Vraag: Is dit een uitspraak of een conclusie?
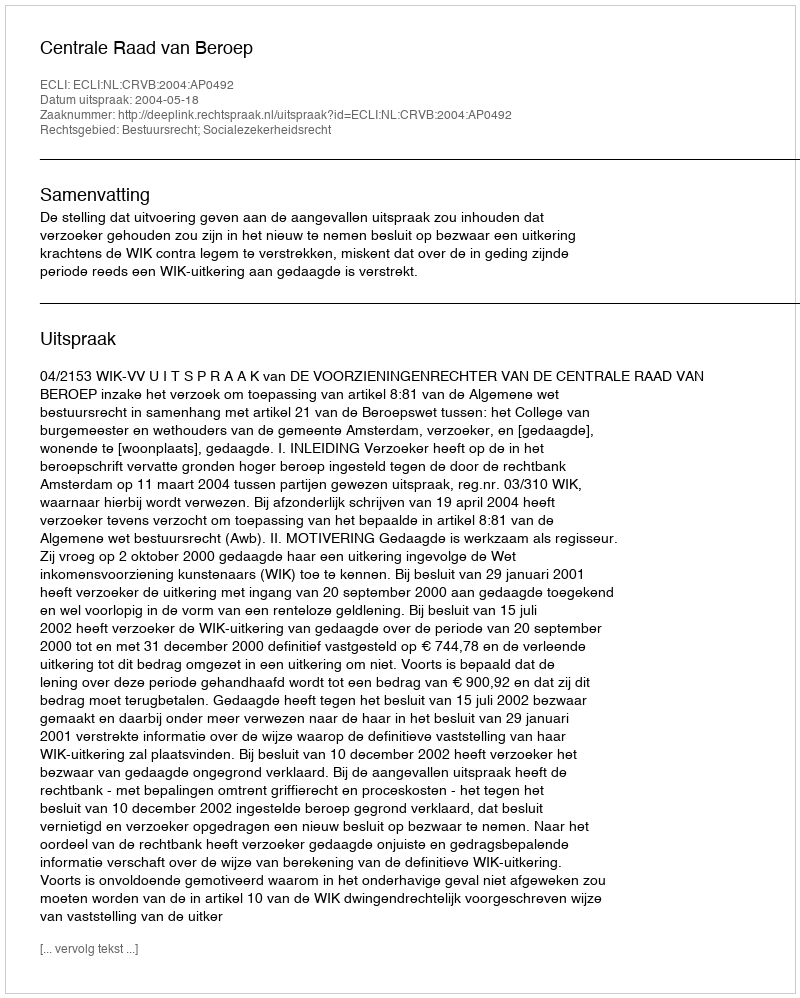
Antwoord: Uitspraak